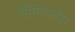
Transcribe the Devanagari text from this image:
चैम्पियनंस